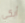
أبكي